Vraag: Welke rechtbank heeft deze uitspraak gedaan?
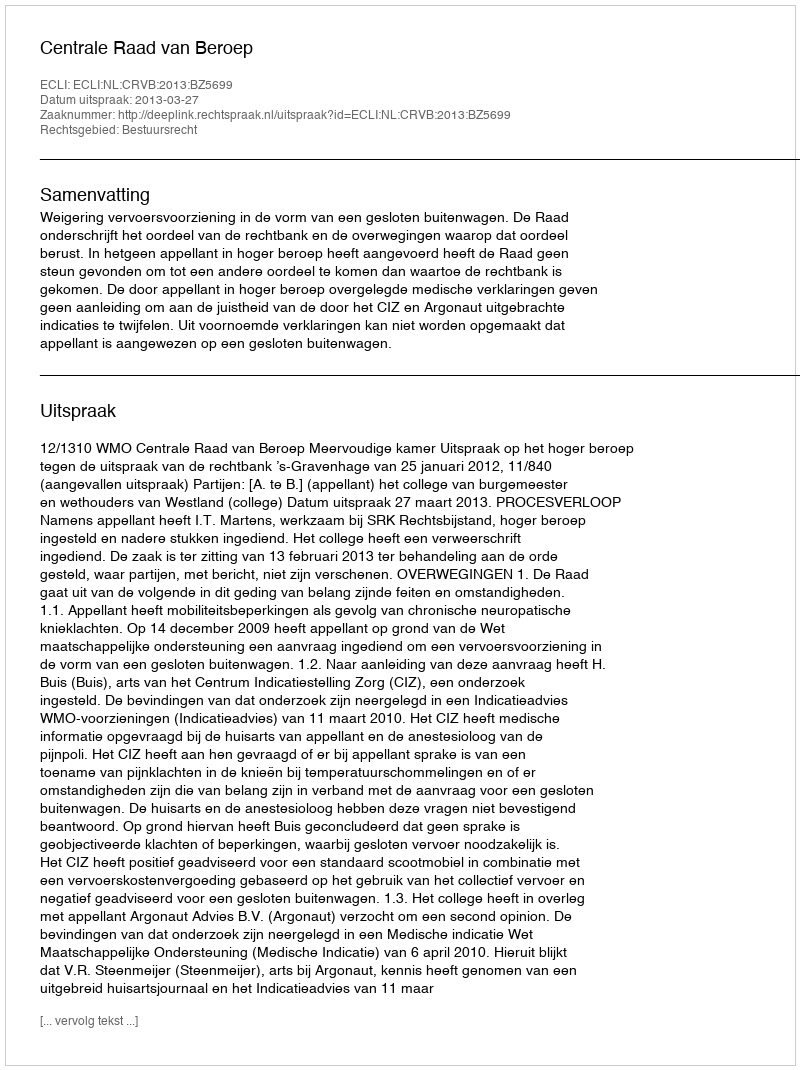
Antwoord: Centrale Raad van Beroep